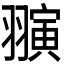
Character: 𬚈